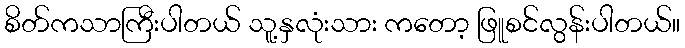
စိတ်ကသာကြီးပါတယ် သူ့နှလုံးသား ကတော့ ဖြူစင်လွန်းပါတယ်။